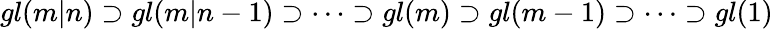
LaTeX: gl(m|n)\supset gl(m|n-1)\supset\dots\supset gl(m)\supset gl(m-1)\supset\dots\supset gl(1)